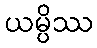
ယမ္ပိဿ